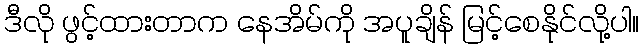
ဒီလို ဖွင့်ထားတာက နေအိမ်ကို အပူချိန် မြင့်စေနိုင်လို့ပါ။